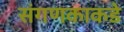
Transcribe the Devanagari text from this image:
संगणकाकडे